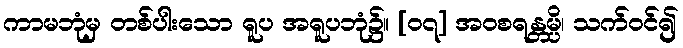
ကာမဘုံမှ တစ်ပါးသော ရူပ အရူပဘုံ၌။ [၀၇] အဝစရန္တမ္ပိ၊ သက်ဝင်၍